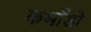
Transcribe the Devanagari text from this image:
कमाँडो